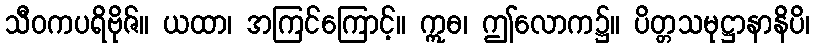
သီဝကပရိဗိုဇ်။ ယထာ၊ အကြင်ကြောင့်။ ဣဓ၊ ဤလောက၌။ ပိတ္တသမုဋ္ဌာနာနိပိ၊